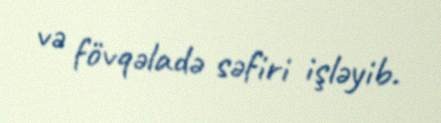
və fövqəladə səfiri işləyib.